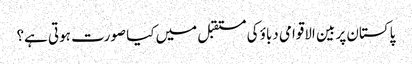
پاکستان پر بین الاقوامی دباؤ کی مستقبل میں کیا صورت ہوتی ہے؟